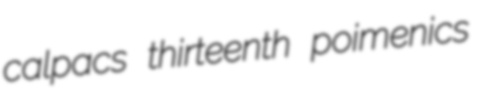
calpacs thirteenth poimenics